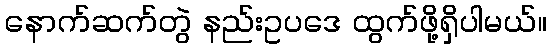
နောက်ဆက်တွဲ နည်းဥပဒေ ထွက်ဖို့ရှိပါမယ်။